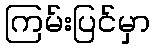
ကြမ်းပြင်မှာ